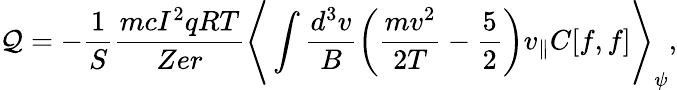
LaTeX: \mathcal{Q}=-\frac{{1}}{{S}}\frac{{mcI^{2}qRT}}{{Zer}}\Bigg\langle\int\frac{{d^{3}v}}{{B}}\left(\frac{{mv^{2}}}{{2T}}-\frac{{5}}{{2}}\right)v_{\parallel}C[f,f]\Bigg\rangle_{\psi},